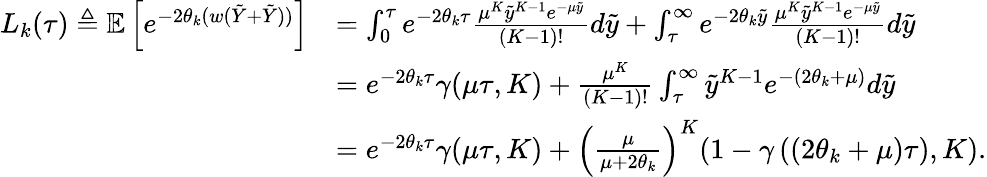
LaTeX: \begin{array}{rl}{L_{k}(\tau)\triangleq\mathbb{E}\left[e^{-2\theta_{k}(w(\tilde{Y}+\tilde{Y}))}\right]}&{=\int_{0}^{\tau}e^{-2\theta_{k}\tau}\frac{\mu^{K}\tilde{y}^{K-1}e^{-\mu\tilde{y}}}{(K-1)!}d\tilde{y}+\int_{\tau}^{\infty}e^{-2\theta_{k}\tilde{y}}\frac{\mu^{K}\tilde{y}^{K-1}e^{-\mu\tilde{y}}}{(K-1)!}d\tilde{y}}\\ &{=e^{-2\theta_{k}\tau}\gamma(\mu\tau,K)+\frac{\mu^{K}}{(K-1)!}\int_{\tau}^{\infty}\tilde{y}^{K-1}e^{-(2\theta_{k}+\mu)}d\tilde{y}}\\ &{=e^{-2\theta_{k}\tau}\gamma(\mu\tau,K)+\left(\frac{\mu}{\mu+2\theta_{k}}\right)^{K}(1-\gamma\left((2\theta_{k}+\mu)\tau),K\right).}\end{array}